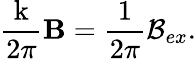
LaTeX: \frac{\mathrm{k}}{2\pi}\mathbf{B}=\frac{\mathrm{1}}{2\pi}\mathcal{B}_{ex}.